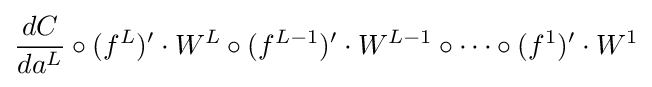
{\frac {dC}{da^{L}}}\circ (f^{L})'\cdot W^{L}\circ (f^{L-1})'\cdot W^{L-1}\circ \cdots \circ (f^{1})'\cdot W^{1}